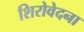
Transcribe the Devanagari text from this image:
शिरोवेदना